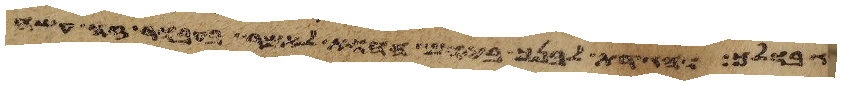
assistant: גבולך והגדת לבנך ביום ההוא לאמר בעבור זה עשה